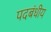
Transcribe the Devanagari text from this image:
पदबंधीय